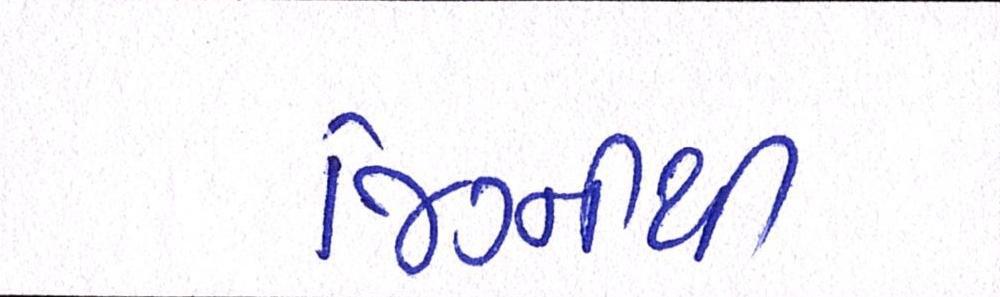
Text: જિગ્નીથી